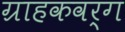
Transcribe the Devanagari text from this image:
ग्राहकवर्ग